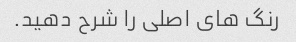
رنگ های اصلی را شرح دهید.